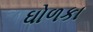
ઘોળકા